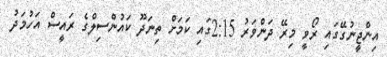
އިންޖީނުގޭގައި ރޯވީ މިރޭ ދަންވަރު 2:15ގައި ކަމަށް ތިނަދޫ ކައުންސިލްގެ ރައީސް އަހުމަދު